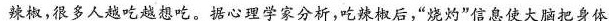
辣椒，很多人越吃越想吃。据心理学家分析，吃辣椒后，”烧灼”信息使大脑把身体